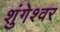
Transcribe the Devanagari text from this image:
शुंगेश्वर